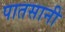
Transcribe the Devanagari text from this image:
पातसानी